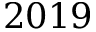
2 0 1 9